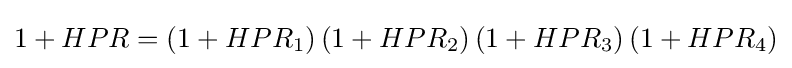
1+HPR=\left(1+HPR_{1}\right)\left(1+HPR_{2}\right)\left(1+HPR_{3}\right)\left(1+HPR_{4}\right)